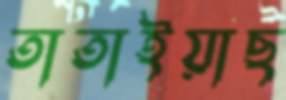
তাতাইয়াছ